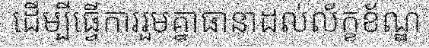
ដើម្បីធ្វើការរួមគ្នាធានាដល់ល័ក្ខខ័ណ្ឌ